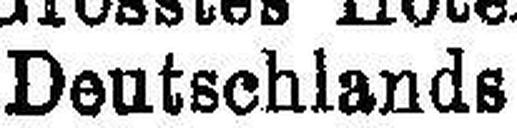
Deutschlands